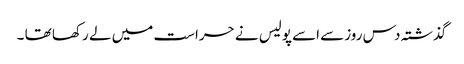
گذشتہ دس روزسے اسے پولیس نے حراست میں لے رکھا تھا ۔